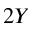
2 Y